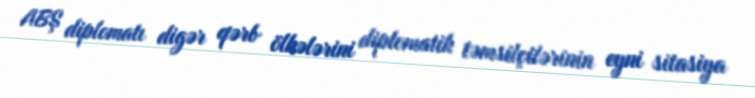
ABŞ diplomatı digər qərb ölkələrini diplomatik təmsilçilərinin eyni sitasiya